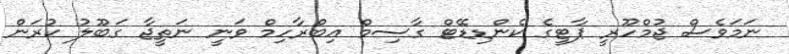
ނަމަވެސް ޖުމްހޫރީ ޕާޓީގެ ކެންޑިޑޭޓް ގާސިމް އިބްރާހިމް ވަނީ ނަތީޖާ ގަބޫލު ކުރަން